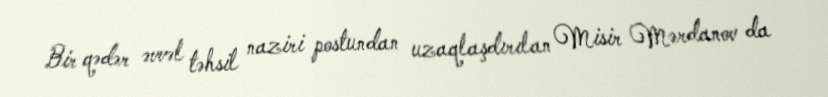
Bir qədər əvvəl təhsil naziri postundan uzaqlaşdırılan Misir Mərdanov da